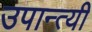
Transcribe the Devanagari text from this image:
उपान्त्यी